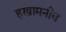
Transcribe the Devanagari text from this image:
हखामनीय